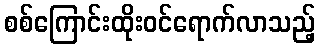
စစ်ကြောင်းထိုးဝင်ရောက်လာသည့်